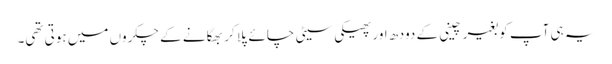
یہ ہی آپ کو بغیر چینی کے دودھ اور پھیکی سیٹی چائے پلا کر بھگانے کے چکروں میں ہوتی تھی۔